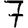
Digit: 7